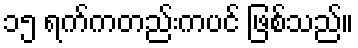
၁၅ ရက်ကတည်းကပင် ဖြစ်သည်။